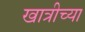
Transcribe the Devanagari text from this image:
खात्रीच्या